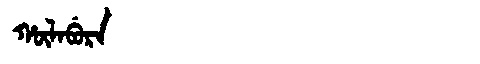
Manchu: ᡥᡡᠯᠠᠪᡠᡵᠠ
Romanization: HŪLABURA